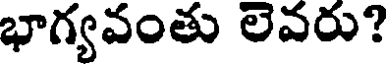
భాగ్యవంతు లెవరు?